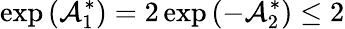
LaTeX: \exp\left(\mathcal{A}_{1}^{\ast}\right)=2\exp\left(-\mathcal{A}_{2}^{\ast}\right)\leq 2